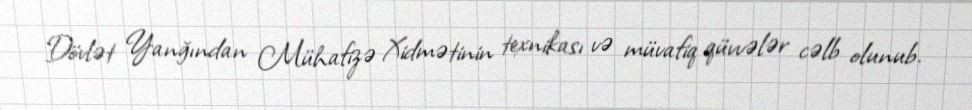
Dövlət Yanğından Mühafizə Xidmətinin texnikası və müvafiq qüvvələr cəlb olunub.